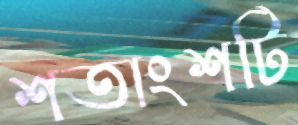
শতাংশটি